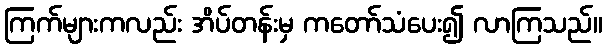
ကြက်များကလည်း အိပ်တန်းမှ ကတော်သံပေး၍ လာကြသည်။